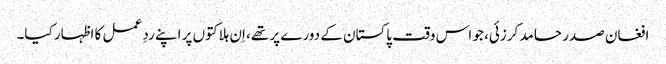
افغان صدر حامد کرزئی، جو اس وقت پاکستان کے دورے پر تھے، اِن ہلاکتوں پر اپنے ردِ عمل کا اظہار کیا۔